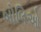
બોલિઓ